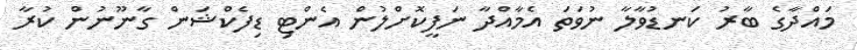
މައްދާގެ ބާރު ކަނޑުވާލާ ނުވަތަ އެމާއްދާ ނަފީކޮށްލުން އެންޓި ޑިފެކްޝަން ގާނޫނުން ކުރާ